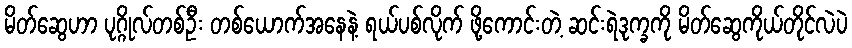
မိတ်ဆွေဟာ ပုဂ္ဂိုလ်တစ်ဦး တစ်ယောက်အနေနဲ့ ရယ်ပစ်လိုက် ဖို့ကောင်းတဲ့ ဆင်းရဲဒုက္ခကို မိတ်ဆွေကိုယ်တိုင်လဲပဲ